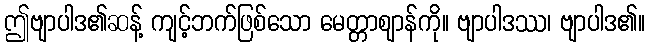
ဤဗျာပါဒ၏ဆန့် ကျင့်ဘက်ဖြစ်သော မေတ္တာဈာန်ကို။ ဗျာပါဒဿ၊ ဗျာပါဒ၏။